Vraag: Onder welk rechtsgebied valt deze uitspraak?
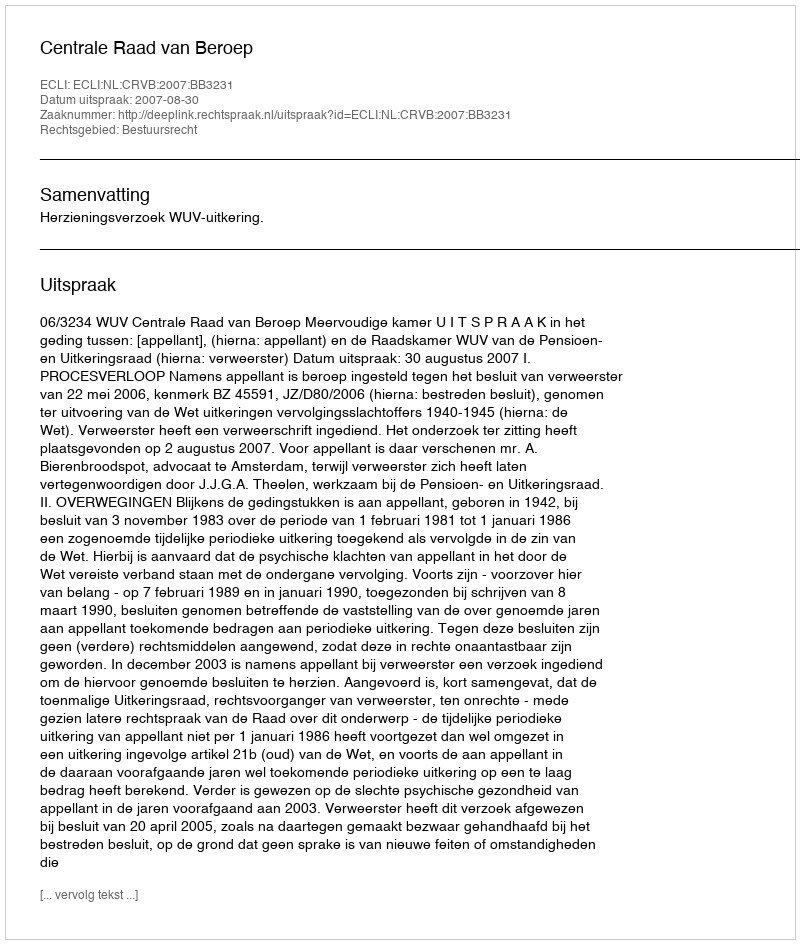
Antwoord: Bestuursrecht